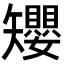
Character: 𥐑